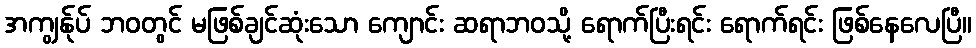
အကျွန်ုပ် ဘဝတွင် မဖြစ်ချင်ဆုံးသော ကျောင်း ဆရာဘဝသို့ ရောက်ပြီးရင်း ရောက်ရင်း ဖြစ်နေလေပြီ။